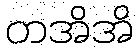
တအိအိ